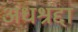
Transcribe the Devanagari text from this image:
अंधश्रद्दा